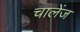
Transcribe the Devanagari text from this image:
चालेंज